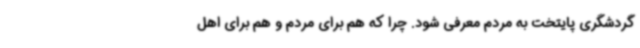
گردشگری پایتخت به مردم معرفی شود. چرا که هم برای مردم و هم برای اهل